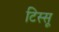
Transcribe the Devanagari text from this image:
टिस्सू